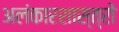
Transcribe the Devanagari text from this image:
अलंकारशास्त्रों